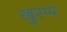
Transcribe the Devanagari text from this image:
खुरप्प